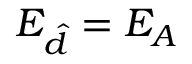
E _ { \hat { d } } = E _ { A }